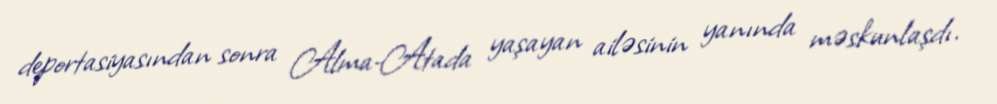
deportasiyasından sonra Alma-Atada yaşayan ailəsinin yanında məskunlaşdı.